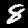
Label: 8